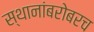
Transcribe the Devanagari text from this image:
स्थानांबरोबरच